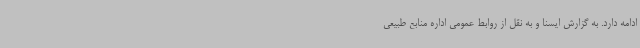
ادامه دارد. به گزارش ایسنا و به نقل از روابط عمومی اداره منابع طبیعی